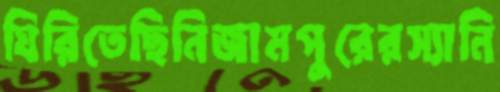
ঘিরিতেছিনিজামপুরেরস্যানি